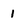
Character: 1